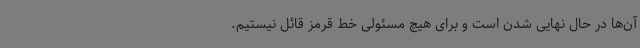
آن‌ها در حال نهایی شدن است و برای هیچ مسئولی خط قرمز قائل نیستیم.